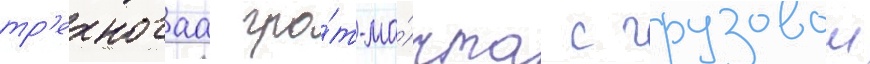
тр'ехногаа гро́т-ма́чта с грузовои